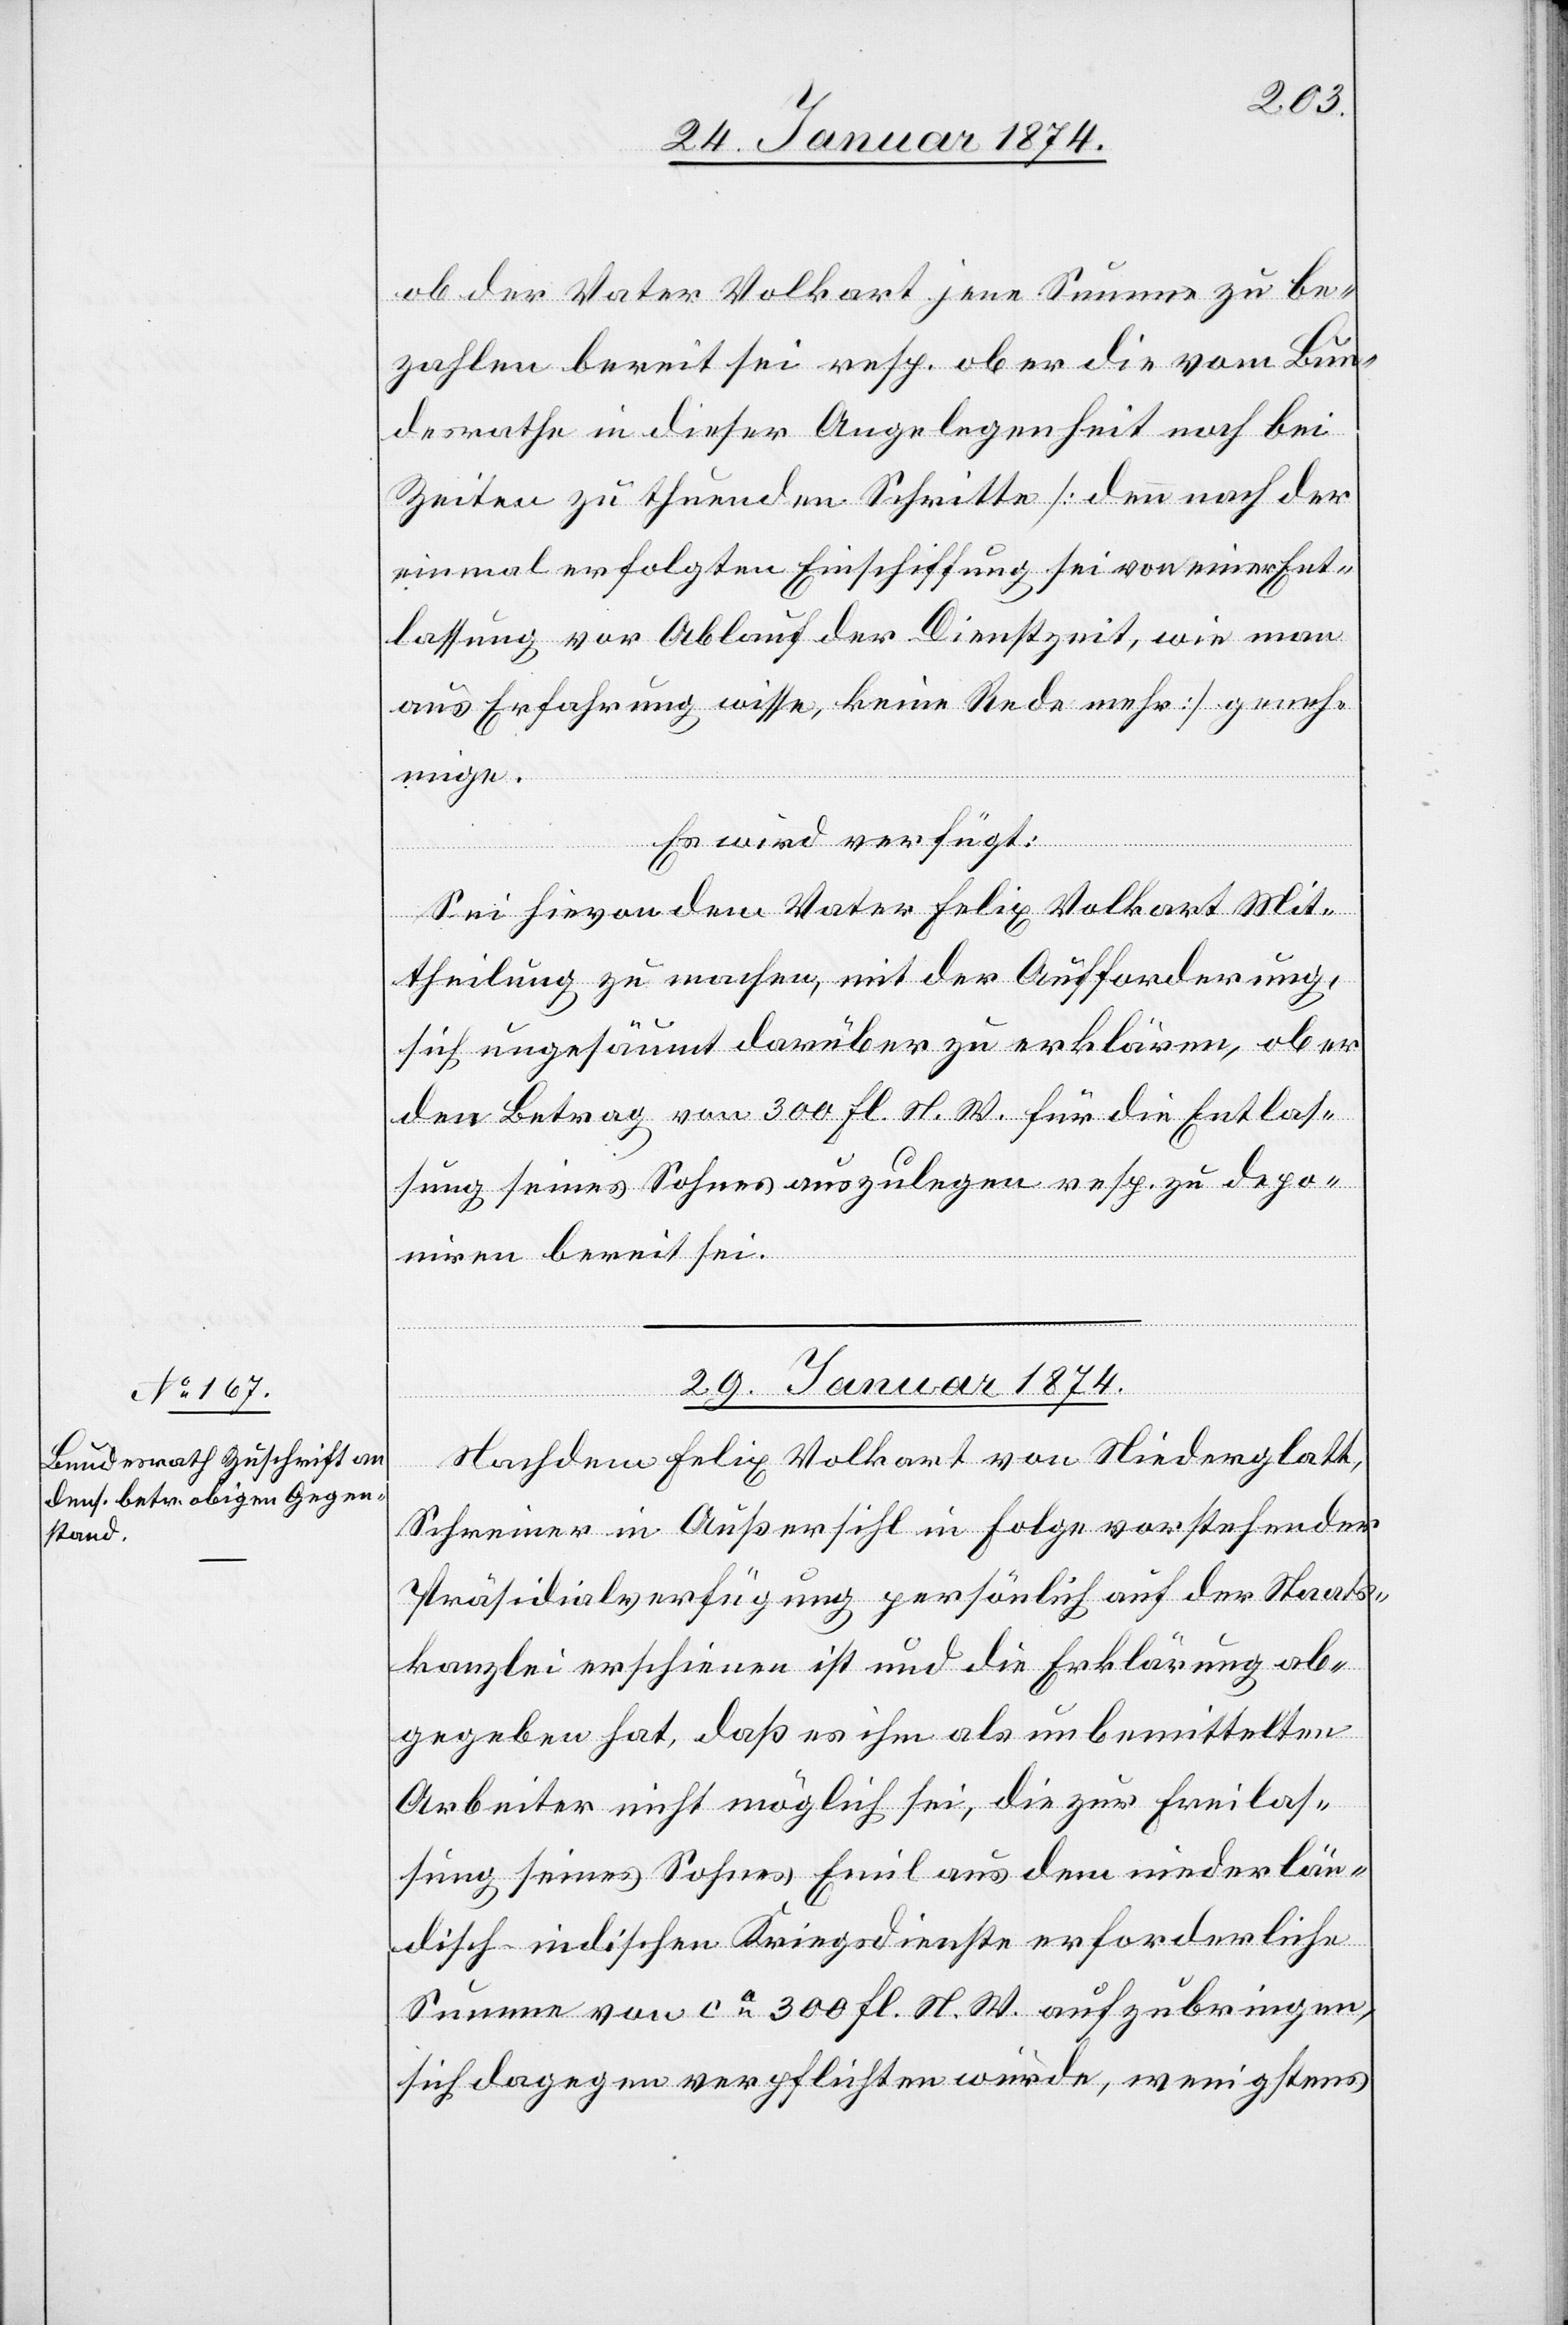
ob der Vater Volkart jene Summe zu be¬
zahlen bereit sei resp. ob er die vom Bun¬
desrathe in dieser Angelegenheit noch bei
Zeiten zu thuenden Schritte [denn nach der
einmal erfolgten Einschiffung sei von einer Ent¬
lassung vor Ablauf der Dienstzeit, wie man
aus Erfahrung wisse, keine Rede mehr] geneh¬
mige.
Es wird verfügt:
Sei hievon dem Vater Felix Volkart Mit¬
theilung zu machen, mit der Aufforderung,
sich ungesäumt darüber zu erklären, ob er
den Betrag von 300 Fl. N. W. für die Entlas¬
sung seines Sohnes auszulegen resp. zu depo¬
niren bereit sei.
29. Januar 1874.
Nachdem Felix Volkart von Niederglatt,
Schreiner in Außersihl in Folge vorstehender
Präsidialverfügung persönlich auf der Staats¬
kanzlei erschienen ist und die Erklärung ab¬
gegeben hat, daß es ihm als unbemittelter
Arbeiter nicht möglich sei, die zur Freilas¬
sung seines Sohnes Emil aus dem niederlän¬
disch-indischen Kriegsdienste erforderliche
Summe von ca 300 Fl. St. W. aufzubringen,
sich dagegen verpflichten würde, wenigstens